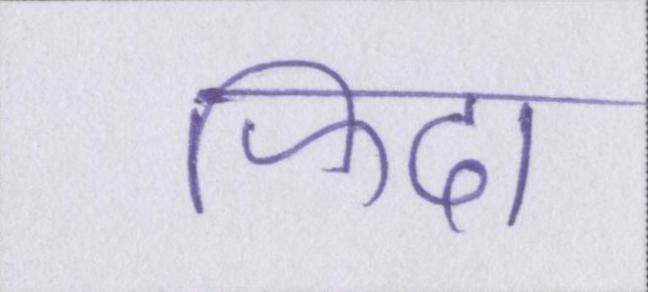
फिदा